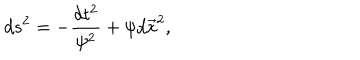
d s ^ { 2 } = - \frac { d t ^ { 2 } } { \psi ^ { 2 } } + \psi d \vec { x } ^ { 2 } ,